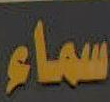
سماء